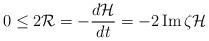
LaTeX: \begin{align*}0\leq2\mathcal{R}=-\frac{d\mathcal{H}}{dt}=-2\operatorname{Im}\zeta\mathcal{H}\end{align*}